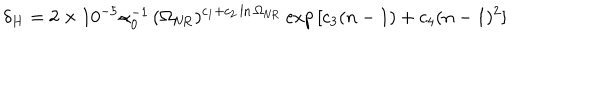
\delta _ { H } = 2 \times 1 0 ^ { - 5 } \alpha _ { 0 } ^ { - 1 } \, ( \Omega _ { \mathrm { N R } } ) ^ { c _ { 1 } + c _ { 2 } \ln \Omega _ { \mathrm { N R } } } \exp { [ c _ { 3 } ( n - 1 ) + c _ { 4 } ( n - 1 ) ^ { 2 } ] }